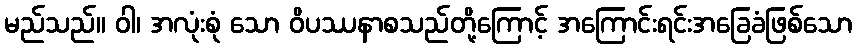
မည်သည်။ ဝါ၊ အလုံးစုံ သော ဝိပဿနာစသည်တို့ကြောင့် အကြောင်းရင်းအခြေခံဖြစ်သော